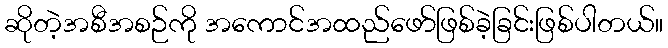
ဆိုတဲ့အစီအစဉ်ကို အကောင်အထည်ဖော်ဖြစ်ခဲ့ခြင်းဖြစ်ပါတယ်။